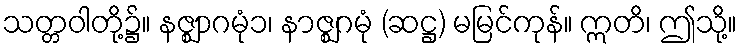
သတ္တဝါတို့၌။ နဇ္ဈာဂမုံ၁၊ နာဇ္ဈဂမုံ (ဆဋ္ဌ) မမြင်ကုန်။ ဣတိ၊ ဤသို့။